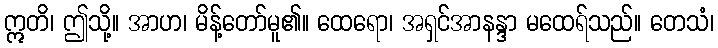
ဣတိ၊ ဤသို့။ အာဟ၊ မိန့်တော်မူ၏။ ထေရော၊ အရှင်အာနန္ဒာ မထေရ်သည်။ တေသံ၊